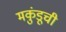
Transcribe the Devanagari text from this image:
मकुंडूची